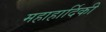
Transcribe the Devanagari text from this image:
महाहार्दिकी